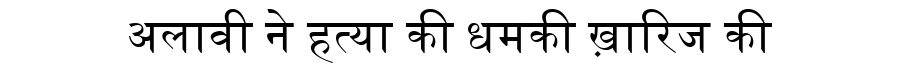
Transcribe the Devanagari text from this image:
अलावी ने हत्या की धमकी ख़ारिज की